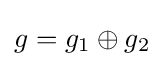
g=g_{1}\oplus g_{2}